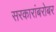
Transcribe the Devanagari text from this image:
सरकारांबरोबर